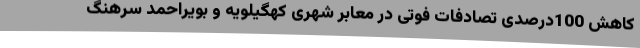
کاهش 100درصدی تصادفات فوتی در معابر شهری کهگیلویه و بویراحمد سرهنگ